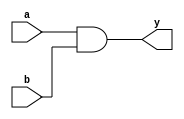
module and_gate(a,b,y);
input a,b;
output y;
and(y,a,b);
endmodule